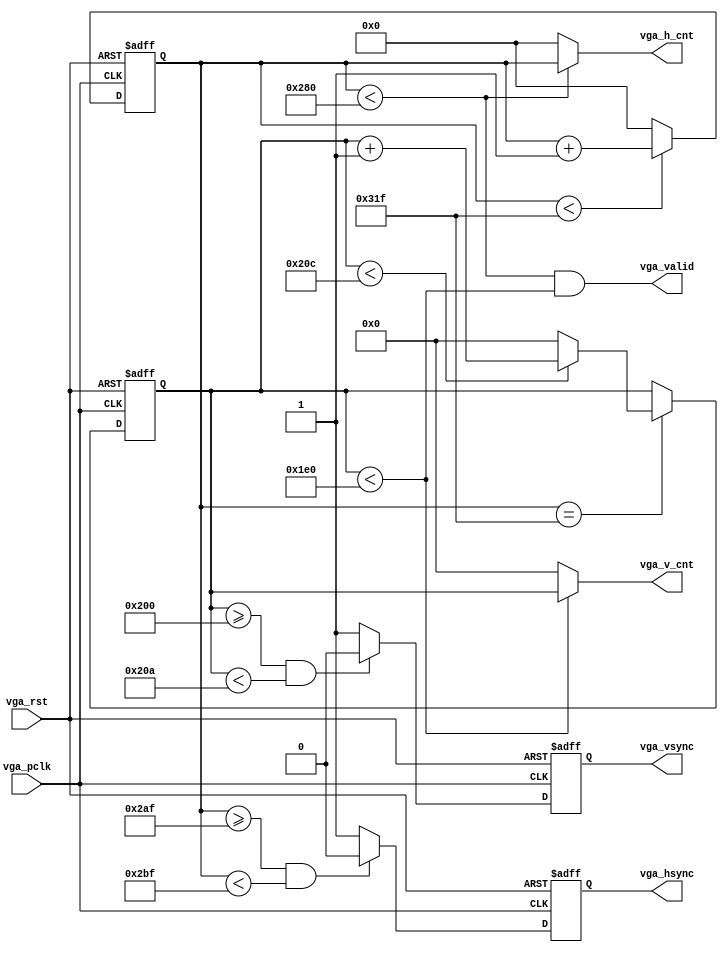
`timescale 1ns / 1ps
//////////////////////////////////////////////////////////////////////////////////

// Module Name: vga_640x480

//////////////////////////////////////////////////////////////////////////////////


module vga #(
parameter  HD = 640,
             HF = 48,
             HA = 16,
             HB = 96,
             HT = 800,
             VD = 480,
             VF = 33,
             VA = 10,
             VB = 2,
             VT = 525
 )
 (
    input wire vga_pclk,vga_rst,
    output wire vga_hsync,vga_vsync,vga_valid,
    output wire [11:0]vga_h_cnt,
    output wire [10:0]vga_v_cnt
    );
    
     
  
    
    reg [11:0]pixel_cnt;
    reg [10:0]line_cnt;
    reg hsync,vsync,hactive,vactive;
    
    always@(posedge vga_pclk,posedge vga_rst)
        if(vga_rst)
            pixel_cnt <= 0;
        else if(pixel_cnt < (HT - 1))
                pixel_cnt <= pixel_cnt + 1;
             else
                pixel_cnt <= 0;

    always@(posedge vga_pclk,posedge vga_rst)
        if(vga_rst)
            hsync <= 1;
        else if((pixel_cnt >= (HD + HF - 1))&&(pixel_cnt < (HD + HF + HA -1)))
                hsync <= 0;
            else
                hsync <= 1;
    
    always@(posedge vga_pclk,posedge vga_rst)
        if(vga_rst)
            line_cnt <= 0;
        else if(pixel_cnt == (HT -1))
                if(line_cnt < (VT - 1))
                    line_cnt <= line_cnt + 1;
                else
                    line_cnt <= 0;
                    
    always@(posedge vga_pclk,posedge vga_rst)
        if(vga_rst)
            vsync <= 1;
        else if((line_cnt >= (VD + VF - 1))&&(line_cnt < (VD + VF + VA - 1)))
            vsync <= 0;
        else
            vsync <= 1;
                    
    assign vga_hsync = hsync;
    assign vga_vsync = vsync;
    assign vga_valid = ((pixel_cnt < HD) && (line_cnt < VD));
    
    assign vga_h_cnt = (pixel_cnt < HD) ? pixel_cnt:11'd0;
    assign vga_v_cnt = (line_cnt < VD) ? line_cnt:10'd0;
           
endmodule